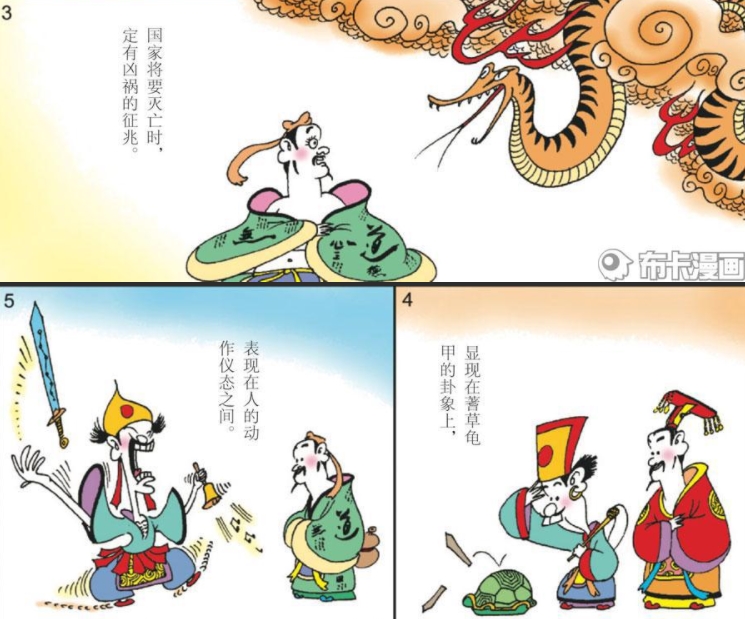
至诚之道可以前知。国家将兴，必有祯祥国家将亡，必有妖孽。